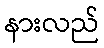
နားလည်